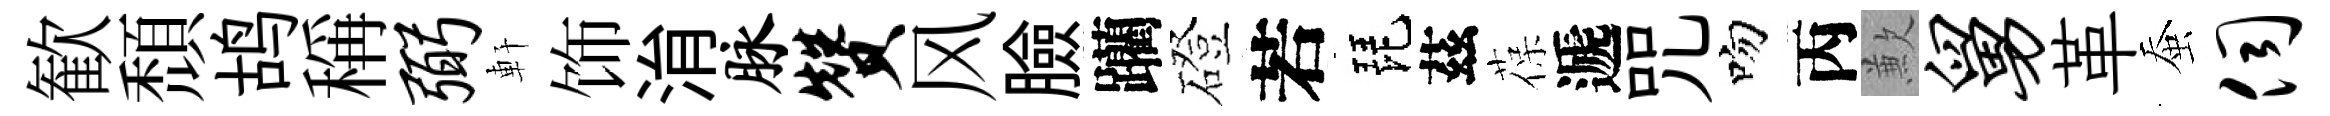
歓頹鸪稱弼軒饰㳙脉赞风臉躪磴若琵茲葆遞咒吻丙歉舅革蚕伺